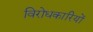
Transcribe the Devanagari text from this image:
विरोधकारियों